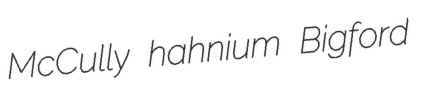
McCully hahnium Bigford